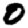
Digit: 0